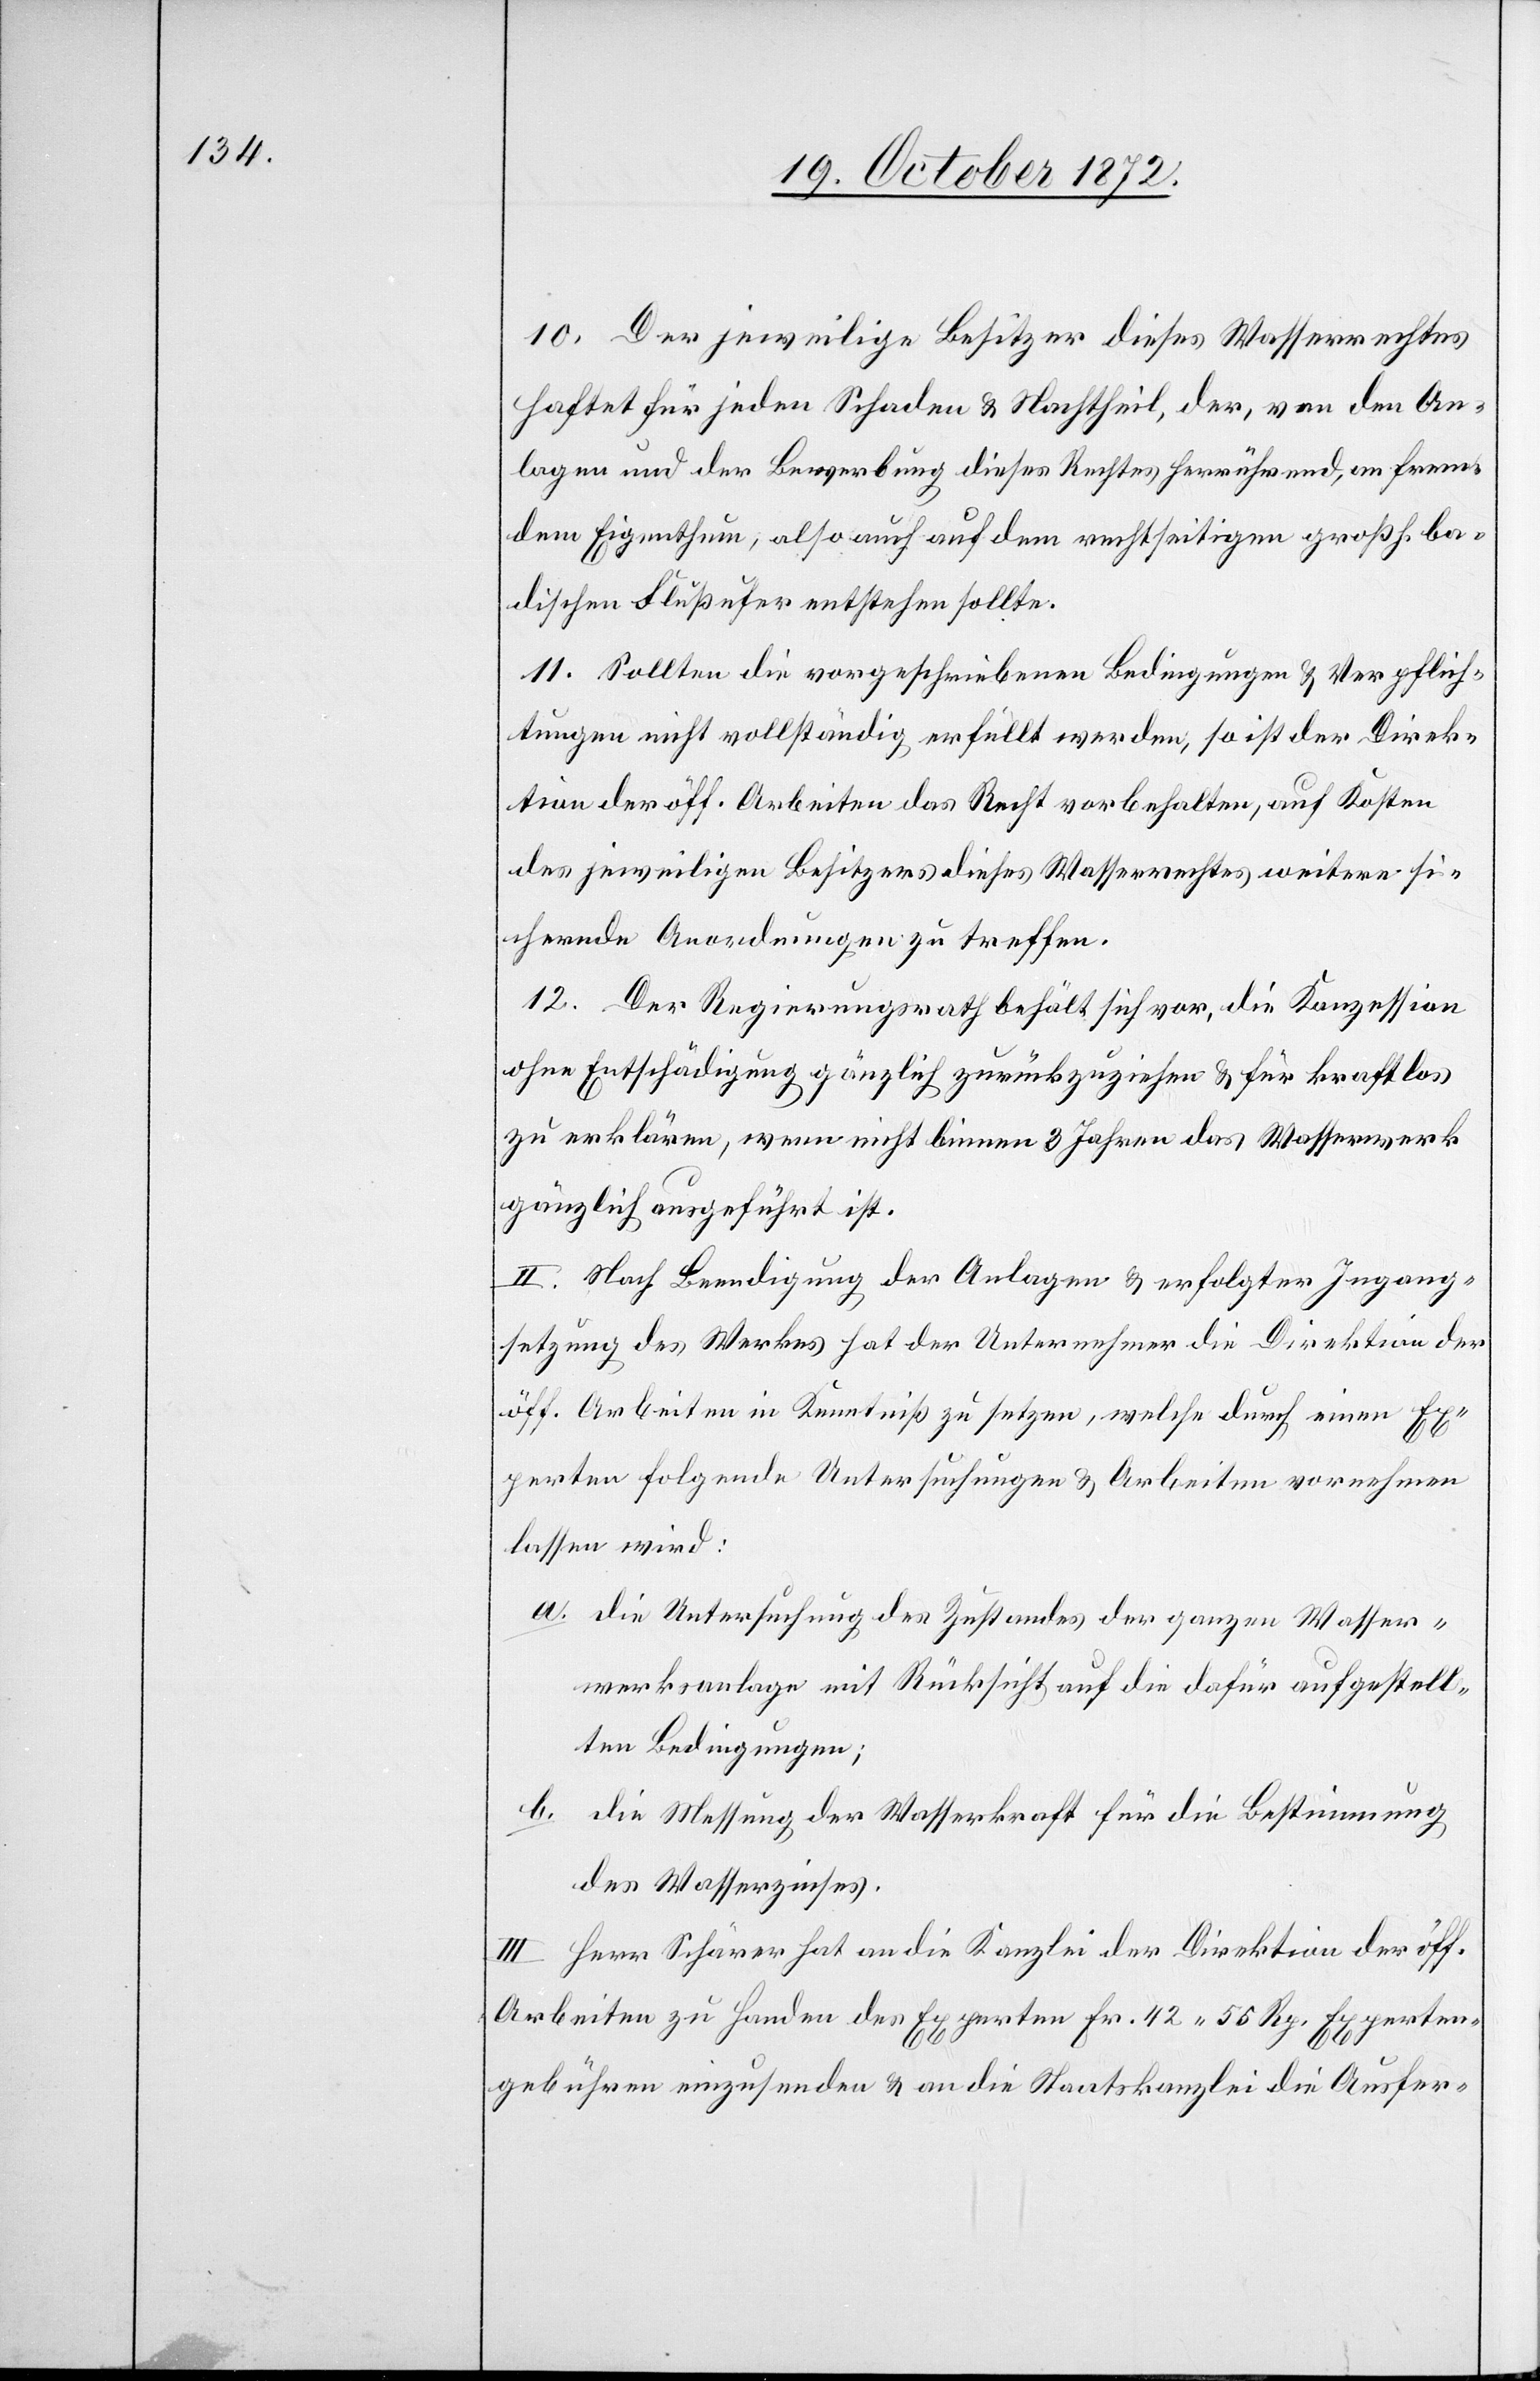
10. Der jeweilige Besitzer dieses Wasserrechtes
haftet für jeden Schaden u. Nachtheil, der, von den An¬
lagen und der Bewerbung dieses Rechtes herrührend, an frem¬
dem Eigenthum, also auch auf dem rechtseitigen großh. ba¬
dischen Flußufer entstehen sollte.
11. Sollten die vorgeschriebenen Bedingungen u. Verpflich¬
tungen nicht vollständig erfüllt werden, so ist der Direk¬
tion der öff. Arbeiten das Recht vorbehalten, auf Kosten
des jeweiligen Besitzers dieses Wasserrechtes weitere si¬
chernde Anordnungen zu treffen.
12. Der Regierungsrath behält sich vor, die Konzession
ohne Entschädigung gänzlich zurückzuziehen u. für kraftlos
zu erklären, wenn nicht binnen 3 Jahren das Wasserwerk
gänzlich ausgeführt ist.
II. Nach Beendigung der Anlagen u. erfolgter Ingang¬
setzung des Werkes hat der Unternehmer die Direktion der
öff. Arbeiten in Kenntniß zu setzen, welche durch einen Ex¬
perten folgende Untersuchungen u. Arbeiten vornehmen
lassen wird:
a. die Untersuchung des Zustandes der ganzen Wasser¬
werksanlage mit Rücksicht auf die dafür aufgestell¬
ten Bedingungen;
b. die Messung der Wasserkraft für die Bestimmung
des Wasserzinses.
III. Herr Schärer hat an die Kanzlei der Direktion der öff.
Arbeiten zu Handen des Experten Fr. 42 56 Rp. Experten¬
gebühren einzusenden u. an die Staatskanzlei die Ausfer-